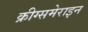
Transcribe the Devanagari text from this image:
क्रीग्समेराइन